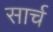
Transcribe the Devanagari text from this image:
सार्च